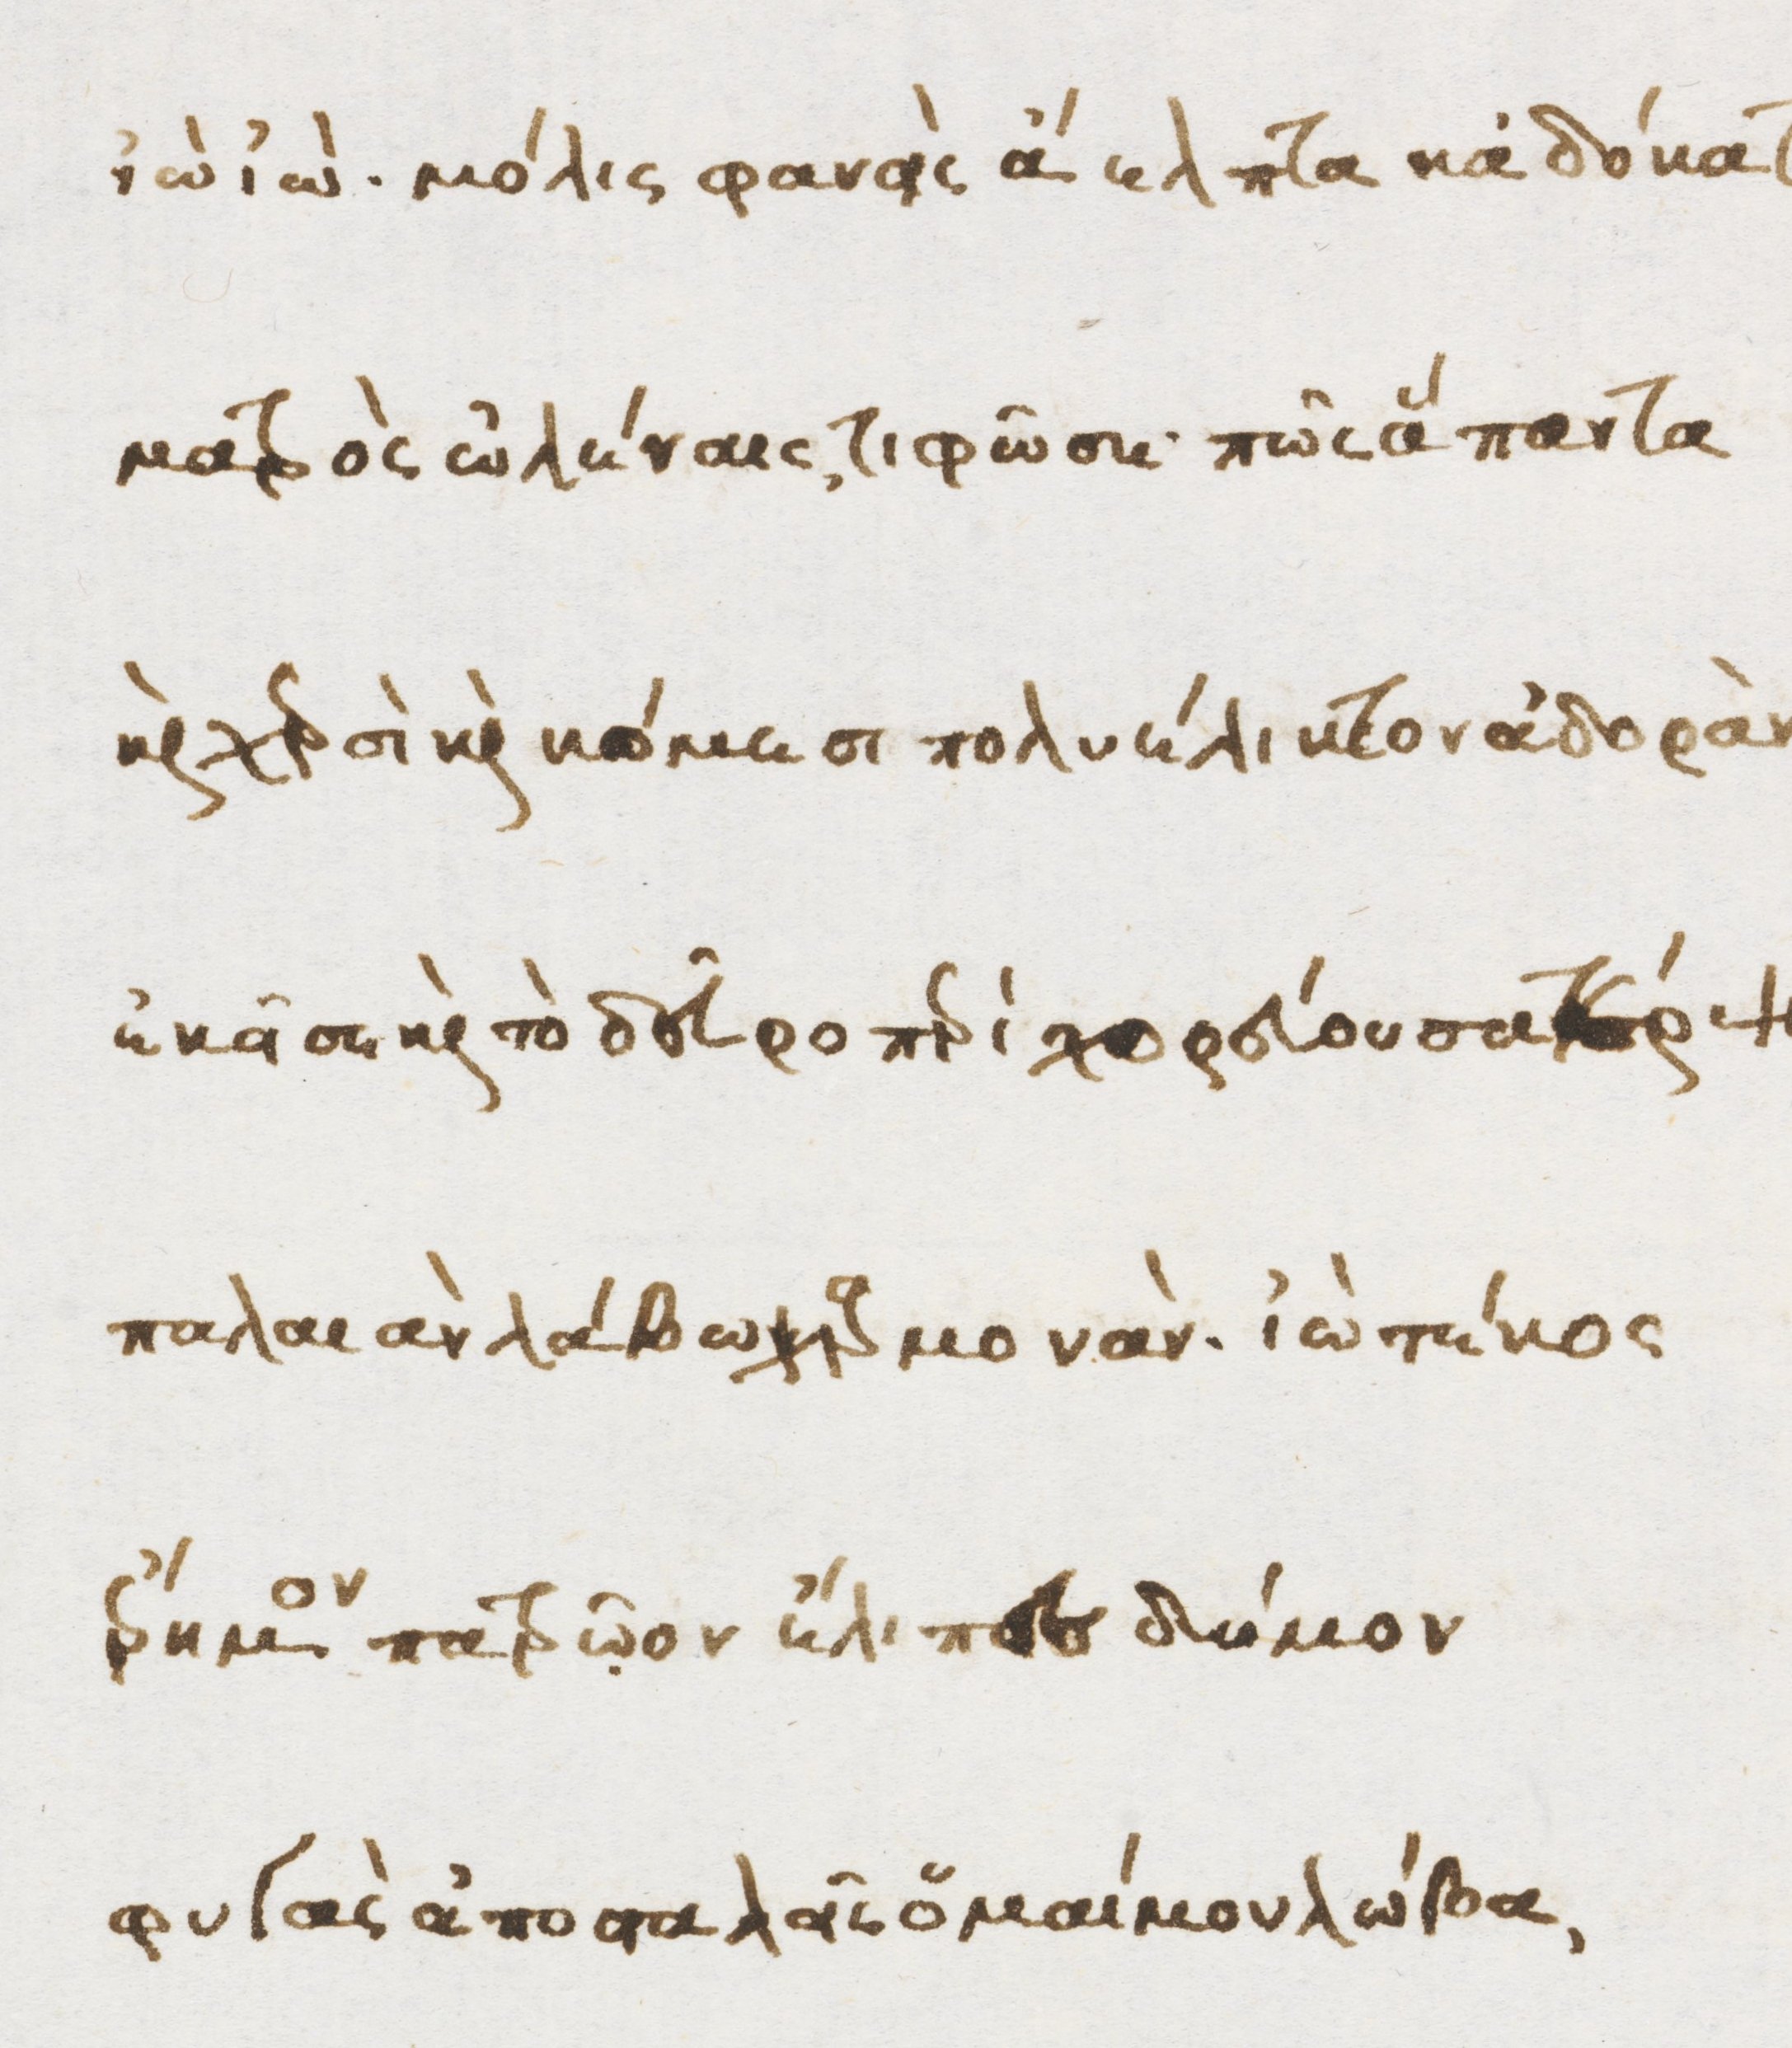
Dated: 1470–1499